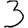
Digit: 3